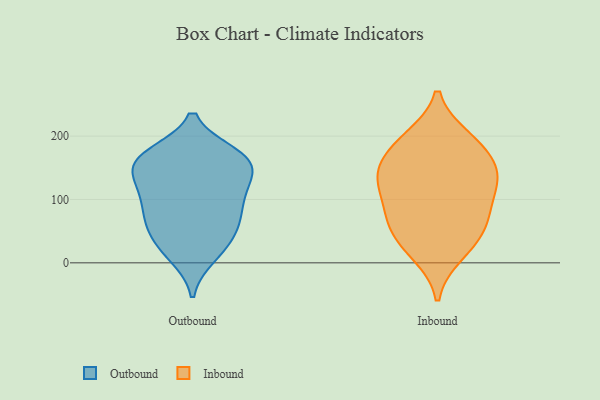
{"axis": {"x": "Revenue (USD Million)", "y": "Value"}, "legend": ["Inbound", "Outbound"], "data": [{"x": "", "y": 116, "type": "Outbound"}, {"x": "", "y": 14, "type": "Outbound"}, {"x": "", "y": 167, "type": "Outbound"}, {"x": "", "y": 168, "type": "Outbound"}, {"x": "", "y": 72, "type": "Outbound"}, {"x": "", "y": 172, "type": "Outbound"}, {"x": "", "y": 115, "type": "Outbound"}, {"x": "", "y": 119, "type": "Outbound"}, {"x": "", "y": 170, "type": "Outbound"}, {"x": "", "y": 152, "type": "Outbound"}, {"x": "", "y": 134, "type": "Outbound"}, {"x": "", "y": 153, "type": "Outbound"}, {"x": "", "y": 56, "type": "Outbound"}, {"x": "", "y": 74, "type": "Outbound"}, {"x": "", "y": 75, "type": "Outbound"}, {"x": "", "y": 160, "type": "Outbound"}, {"x": "", "y": 10, "type": "Outbound"}, {"x": "", "y": 36, "type": "Outbound"}, {"x": "", "y": 40, "type": "Outbound"}, {"x": "", "y": 95, "type": "Outbound"}, {"x": "", "y": 68, "type": "Inbound"}, {"x": "", "y": 56, "type": "Inbound"}, {"x": "", "y": 54, "type": "Inbound"}, {"x": "", "y": 25, "type": "Inbound"}, {"x": "", "y": 142, "type": "Inbound"}, {"x": "", "y": 141, "type": "Inbound"}, {"x": "", "y": 14, "type": "Inbound"}, {"x": "", "y": 155, "type": "Inbound"}, {"x": "", "y": 134, "type": "Inbound"}, {"x": "", "y": 87, "type": "Inbound"}, {"x": "", "y": 193, "type": "Inbound"}, {"x": "", "y": 125, "type": "Inbound"}, {"x": "", "y": 102, "type": "Inbound"}, {"x": "", "y": 184, "type": "Inbound"}, {"x": "", "y": 197, "type": "Inbound"}]}